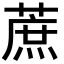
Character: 蔗